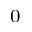
^ { 0 }